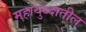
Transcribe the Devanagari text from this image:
महायुध्दातील